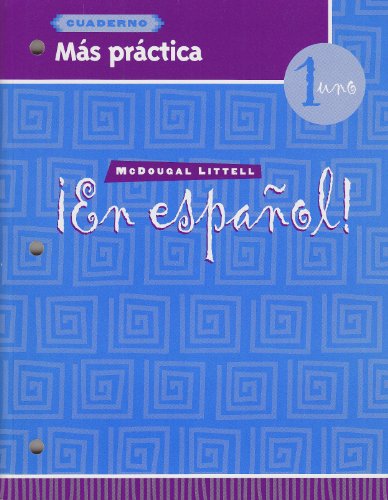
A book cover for ?En espa?ol!: M?s pr?ctica (cuaderno) Level 1 (Spanish Edition); MCDOUGAL LITTEL; Christian Books & Bibles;